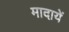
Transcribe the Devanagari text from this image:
मादायें